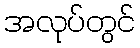
အလုပ်တွင်